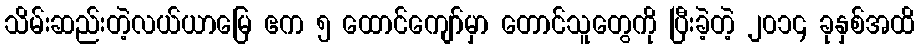
သိမ်းဆည်းတဲ့လယ်ယာမြေ ဧက ၅ ထောင်ကျော်မှာ တောင်သူတွေကို ပြီးခဲ့တဲ့ ၂၀၁၄ ခုနှစ်အထိ